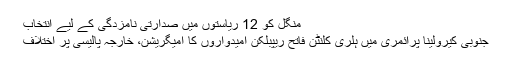
منگل کو 12 ریاستوں میں صدارتی نامزدگی کے لیے انتخاب
جنوبی کیرولینا پرائمری میں ہلری کلنٹن فاتح ریپبلکن امیدواروں کا امیگریشن، خارجہ پالیسی پر اختلاف